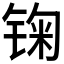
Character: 𲈈